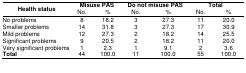
| <ROWSPAN=2> Health status | <COLSPAN=2> Misuse PAS | <COLSPAN=2> Do not misuse PAS | <COLSPAN=2> Total |
 | No. | % | No. | % | No. | % |
 | --- | --- | --- | --- | --- | --- | --- |
 | No problems | 8 | 18.2 | 3 | 27.3 | 11 | 20.0 |
 | Smaller problems | 14 | 31.8 | 3 | 27.3 | 17 | 30.9 |
 | Mild problems | 12 | 27.3 | 2 | 18.2 | 14 | 25.5 |
 | Significant problems | 9 | 20.5 | 2 | 18.2 | 11 | 20.0 |
 | Very significant problems | 1 | 2.3 | 1 | 9.1 | 2 | 3.6 |
 | Total | 44 | 100.0 | 11 | 100.0 | 55 | 100.0 |